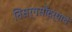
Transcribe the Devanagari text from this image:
निसर्गसौंदर्याचे